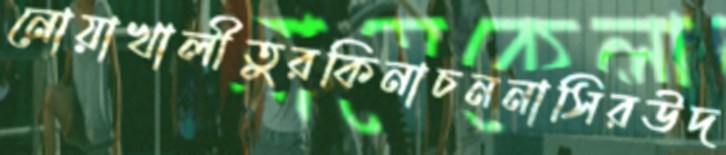
নোয়াখালীতুরকিনাচননাসিরউদ